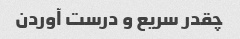
چقدر سریع و درست آوردن